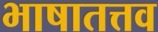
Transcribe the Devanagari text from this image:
भाषातत्तव